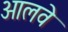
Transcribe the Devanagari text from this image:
आलवे